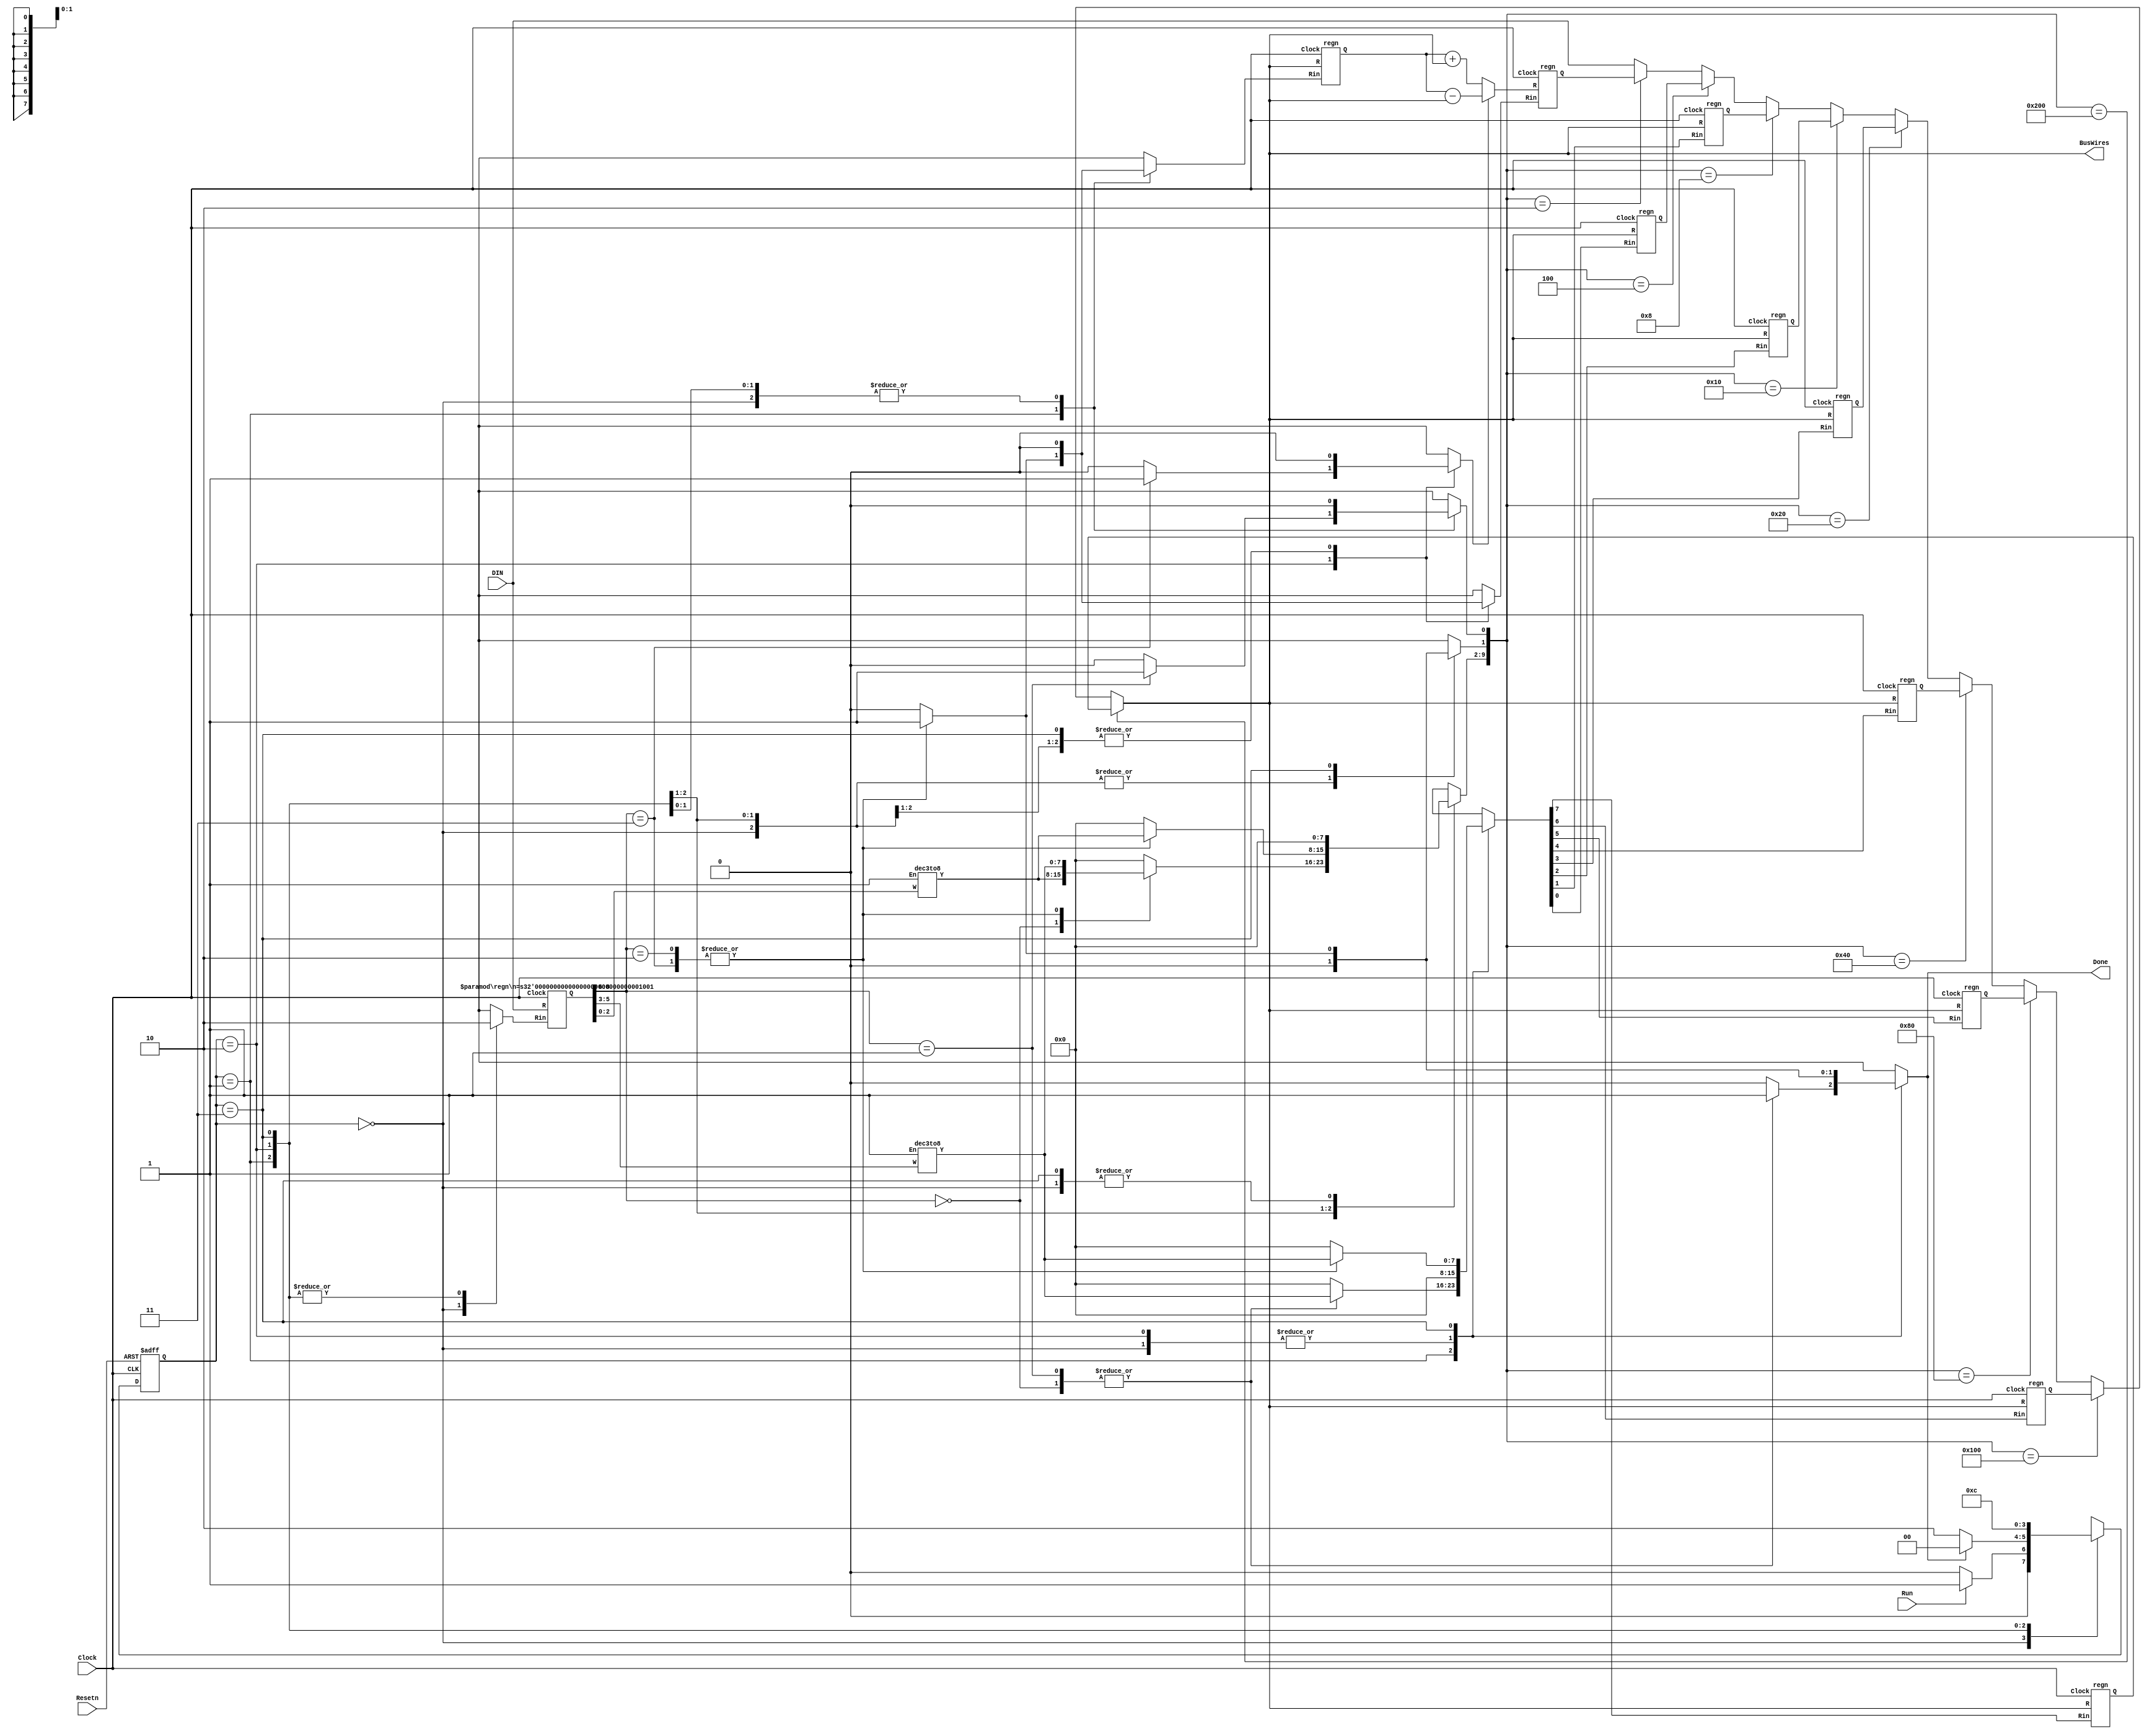
// This code is mostly complete. You need to just fill in the lines where it says 
// ... put your processor code from Part 1 here
module proc(DIN, Resetn, Clock, Run, Done, BusWires);
	input [8:0] DIN;
	input Resetn, Clock, Run;
	output Done;
	output [8:0] BusWires;

	parameter T0 = 2'b00, T1 = 2'b01, T2 = 2'b10, T3 = 2'b11;
	reg [8:0] BusWires;
	reg [0:7] Rin, Rout;
	reg [8:0] Sum;
	reg IRin, Done, DINout, Ain, Gin, Gout, AddSub;
	reg [1:0] Tstep_Q, Tstep_D;
	wire [2:0] I;
	wire [0:7] Xreg, Yreg;
	wire [8:0] R0, R1, R2, R3, R4, R5, R6, R7, A, G;
	wire [1:9] IR;
	wire [1:10] Sel; // bus selector
	
	assign I = IR[1:3];
	dec3to8 decX (IR[4:6], 1'b1, Xreg);
	dec3to8 decY (IR[7:9], 1'b1, Yreg);
	
	// Control FSM state table
	always @(Tstep_Q, Run, Done)
	begin
		case (Tstep_Q)
			T0: // data is loaded into IR in this time step
				if (~Run) Tstep_D = T0;
				else Tstep_D = T1;
	 		T1: // some instructions end after this time step
				if (Done) Tstep_D = T0;
				else Tstep_D = T2;
			T2: // always go to T3 after this
 				Tstep_D = T3;
			T3: // instructions end after this time step
 				Tstep_D = T0;
		endcase
	end

	/* Instruction Table
	* 	000: mv       rX, rY	: rX <- rY
	* 	001: mvi      rX, D	: rX <- D
	* 	010: add      rX, rY	: rX <- rX + rY
	* 	011: sub      rX, rY	: rX <- rX - rY
	* 	OPCODE format: III XXX YYY, where 
	* 	III = instruction, XXX = rX, and YYY = rY. For mvi,
	* 	a second word of data is loaded from DIN
	*/
  	parameter mv = 3'b000, mvi = 3'b001, add = 3'b010, sub = 3'b011;
	// control FSM outputs
	always @(Tstep_Q or I or Xreg or Yreg)
	begin
		Done = 1'b0; Ain = 1'b0; Gin = 1'b0; Gout = 1'b0; AddSub = 1'b0;	// default values
		IRin = 1'b0; DINout = 1'b0; Rin = 8'b0; Rout = 8'b0;					// default values
		case (Tstep_Q)
			T0: // store DIN in IR
				begin
					IRin = 1'b1;
				end
			T1:   //define signals in time step T1
				case (I)
					mv: // mv rX, rY
					begin
						// ... your code goes here
						Done = 1'b1;
						Rout = Yreg;
						Rin = Xreg;
					end
					mvi: // mvi rX, D
					begin
						// data is required to be on DIN
						// ... your code goes here\
						Done = 1'b1;
						DINout = 1'b1;
						Rin = Xreg;
					end
					add, sub: //add, sub 
					begin
						// ... your code goes here
						Rout = Xreg;
						Ain = 1'b1;
					end
					default: ; 
				endcase
			T2:   //define signals in time step T2
				case (I)
					add: // add
					begin
						// ... your code goes here
						Rout = Yreg;
						Gin = 1'b1;
					end
					sub: // sub
					begin
						// ... your code goes here
						Rout = Yreg;
						Gin = 1'b1;
						AddSub = 1'b1;
					end
					default: ; 
				endcase
			T3:   //define signals in time step T3
				case (I)
					add, sub: //add, sub
					begin
						// ... your code goes here
						Gout = 1'b1;
						Rin = Xreg;
						Done = 1'b1;
					end
					default: ;
				endcase
		endcase
	end

	// Control FSM flip-flops
	always @(posedge Clock, negedge Resetn)
		if (!Resetn)
			Tstep_Q <= T0;
		else
			Tstep_Q <= Tstep_D;	
	
	regn reg_0 (BusWires, Rin[0], Clock, R0);
	regn reg_1 (BusWires, Rin[1], Clock, R1);
	regn reg_2 (BusWires, Rin[2], Clock, R2);
	regn reg_3 (BusWires, Rin[3], Clock, R3);
	regn reg_4 (BusWires, Rin[4], Clock, R4);
	regn reg_5 (BusWires, Rin[5], Clock, R5);
	regn reg_6 (BusWires, Rin[6], Clock, R6);
	regn reg_7 (BusWires, Rin[7], Clock, R7);
	regn reg_A (BusWires, Ain, Clock, A);
	regn #(.n(9)) reg_IR (DIN[8:0], IRin, Clock, IR);
		
	//	alu
	always @(AddSub or A or BusWires)
		begin
		if (!AddSub)
			Sum = A + BusWires;
	    else
			Sum = A - BusWires;
		end

	regn reg_G (Sum, Gin, Clock, G);

	// define the internal processor bus
	assign Sel = {Rout, Gout, DINout};

	always @(*)
	begin
		if (Sel == 10'b1000000000)
			BusWires = R0;
   	else if (Sel == 10'b0100000000)
			BusWires = R1;
		else if (Sel == 10'b0010000000)
			BusWires = R2;
		else if (Sel == 10'b0001000000)
			BusWires = R3;
		else if (Sel == 10'b0000100000)
			BusWires = R4;
		else if (Sel == 10'b0000010000)
			BusWires = R5;
		else if (Sel == 10'b0000001000)
			BusWires = R6;
		else if (Sel == 10'b0000000100)
			BusWires = R7;
		else if (Sel == 10'b0000000010)
			BusWires = G;
   	else BusWires = DIN;
	end	
endmodule


module dec3to8(W, En, Y);
	input [2:0] W;
	input En;
	output [0:7] Y;
	reg [0:7] Y;
	
	always @(W or En)
	begin
		if (En == 1)
			case (W)
				3'b000: Y = 8'b10000000;
	   	   3'b001: Y = 8'b01000000;
				3'b010: Y = 8'b00100000;
				3'b011: Y = 8'b00010000;
				3'b100: Y = 8'b00001000;
				3'b101: Y = 8'b00000100;
				3'b110: Y = 8'b00000010;
				3'b111: Y = 8'b00000001;
			endcase
		else 
			Y = 8'b00000000;
	end
endmodule

module regn(R, Rin, Clock, Q);
	parameter n = 9;
	input [n-1:0] R;
	input Rin, Clock;
	output [n-1:0] Q;
	reg [n-1:0] Q;

	always @(posedge Clock)
	 	if (Rin)
			Q <= R;
endmodule